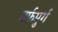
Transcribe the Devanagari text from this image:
बर्फ़मुर्ग